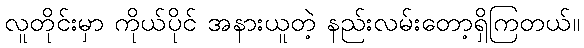
လူတိုင်းမှာ ကိုယ်ပိုင် အနားယူတဲ့ နည်းလမ်းတော့ရှိကြတယ်။